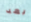
بعد